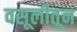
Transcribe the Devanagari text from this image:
वसूलीतून